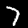
Label: 7